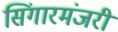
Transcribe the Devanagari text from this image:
सिंगारमंजरी